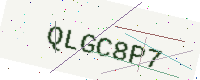
Text: QLGC8P7